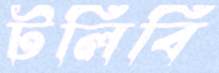
টলিবি